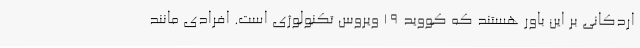
اردکانی بر این باور هستند که کووید 19 ویروس تکنولوژی است. افرادی مانند